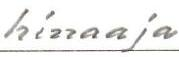
hinaaja